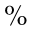
\%